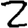
Digit: 2